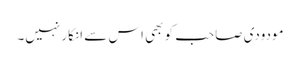
مودودی صاحب کو بھی اس سے انکار نہیں۔